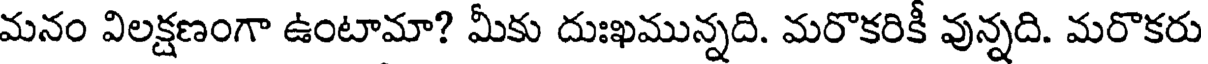
మనం విలక్షణంగా ఉంటామా? మీకు దుఃఖమున్నది. మరొకరికీ వున్నది. మరొకరు